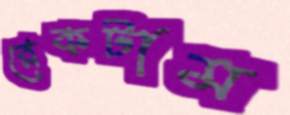
রেকটাম